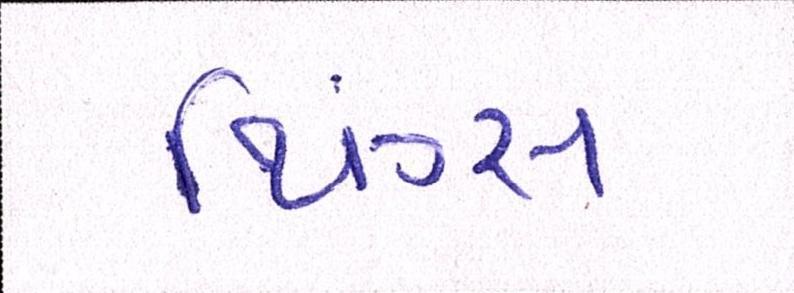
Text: થિંગ્સ